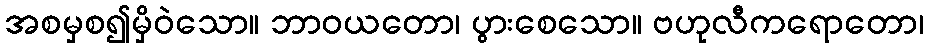
အစမှစ၍မှိဝဲသော။ ဘာဝယတော၊ ပွားစေသော။ ဗဟုလီကရောတော၊